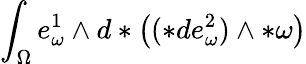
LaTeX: \int_{\Omega}e_{\omega}^{1}\wedge d\ast\big((\ast de_{\omega}^{2})\wedge\ast\omega\big)